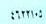
٤ ٦ ٢ ٢ ١ . ٥